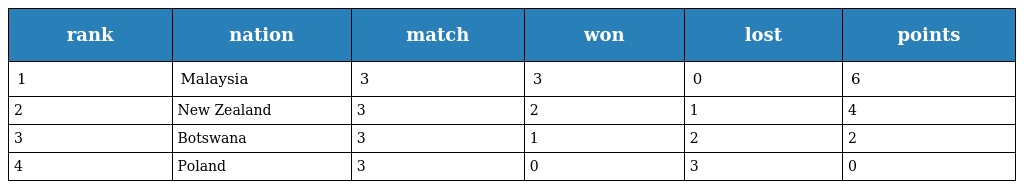
| rank | nation | match | won | lost | points |
 | --- | --- | --- | --- | --- | --- |
 | 1 | Malaysia | 3 | 3 | 0 | 6 |
 | 2 | New Zealand | 3 | 2 | 1 | 4 |
 | 3 | Botswana | 3 | 1 | 2 | 2 |
 | 4 | Poland | 3 | 0 | 3 | 0 |